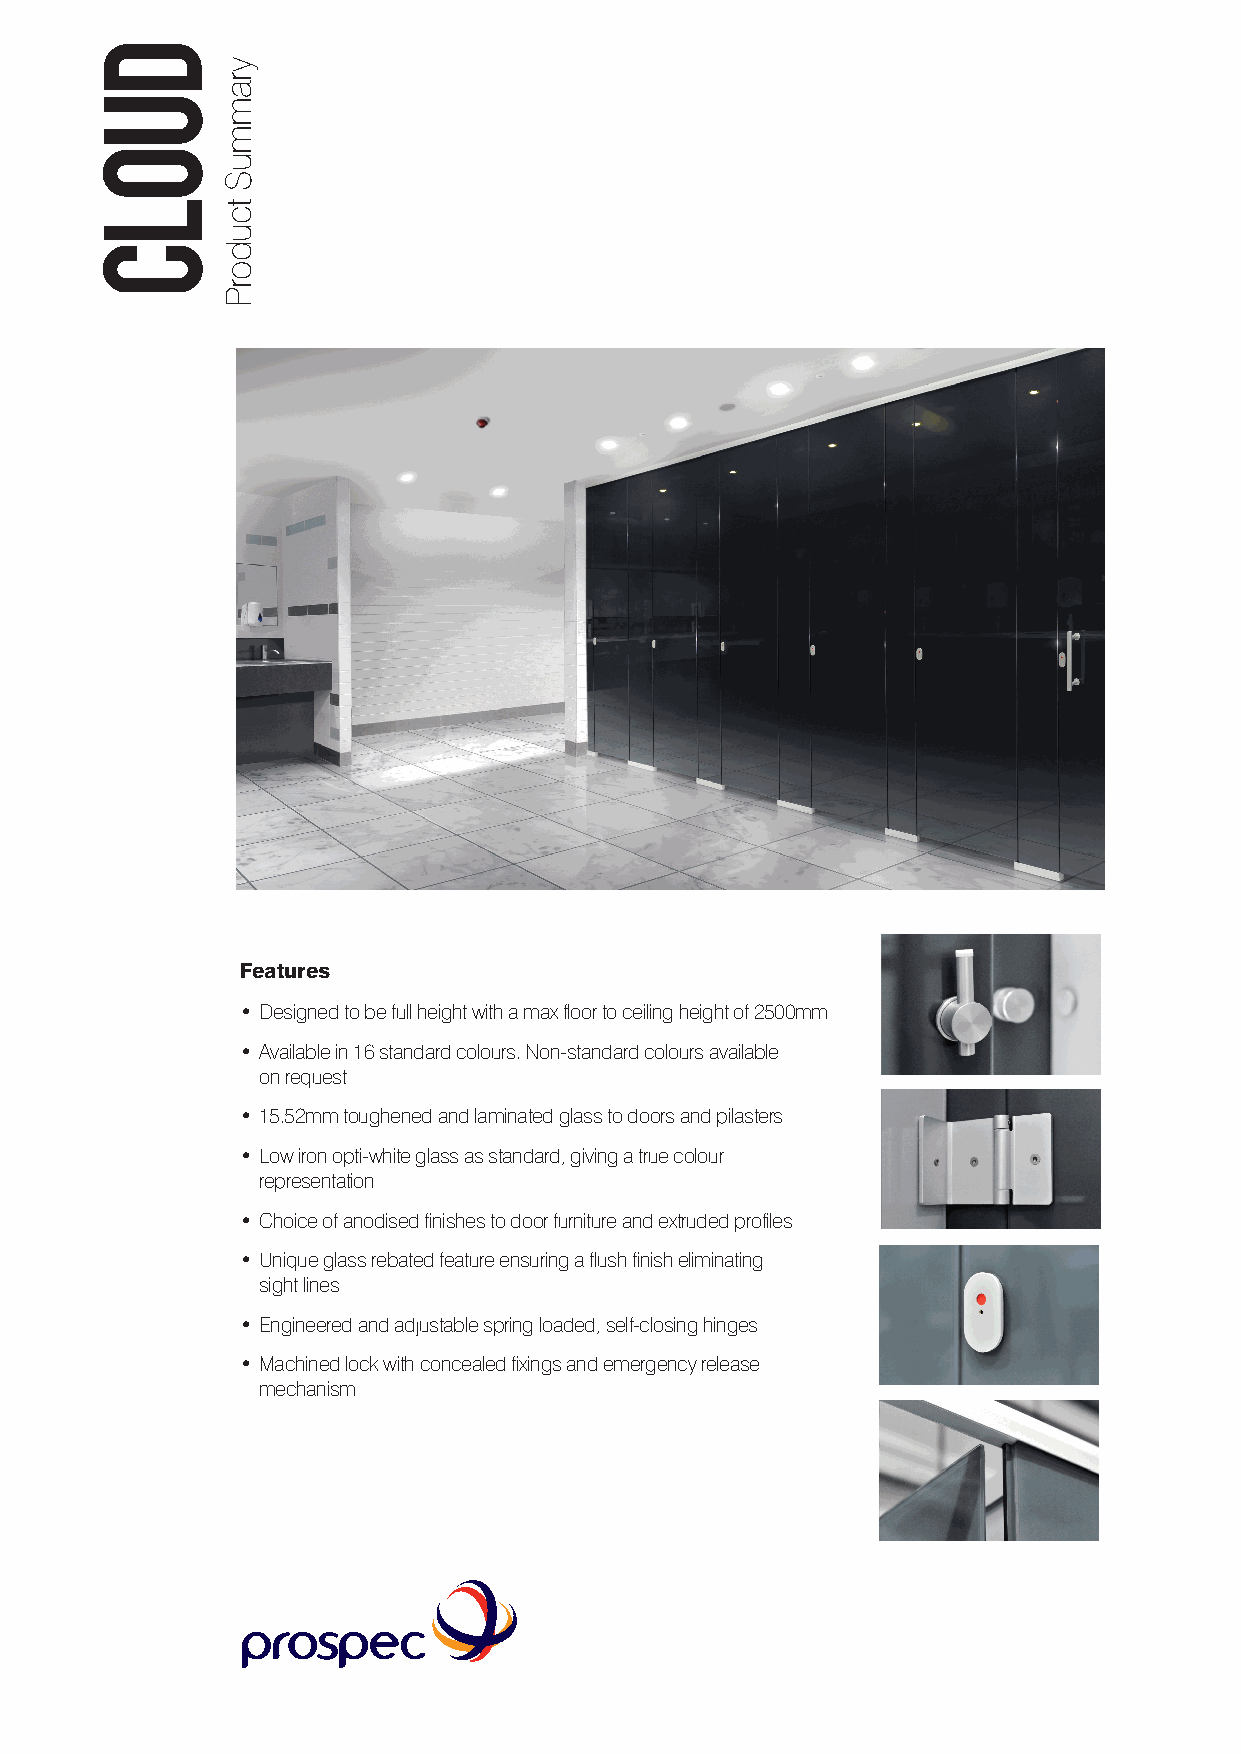
Features
 • Designed to be full height with a max floor to ceiling height of 2500mm
 • Available in 16 standard colours. Non-standard colours available
 on request
 • 15.52mm toughened and laminated glass to doors and pilasters
 • Low iron opti-white glass as standard, giving a true colour
 representation
 • Choice of anodised finishes to door furniture and extruded profiles
 • Unique glass rebated feature ensuring a flush finish eliminating
 sight lines
 • Engineered and adjustable spring loaded, self-closing hinges
 • Machined lock with concealed fixings and emergency release
 mechanism
 duolC
 yrammuS
 tcudorP